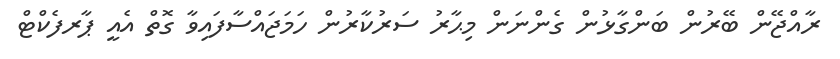
ރާއްޖޭން ބޭރުން ބަންގާޅުން ގެންނަން މިޙާރު ސަރުކާރުން ހަމަޖައްސާފައިވާ ގޮތް އެއީ ޕާރފެކްޓް